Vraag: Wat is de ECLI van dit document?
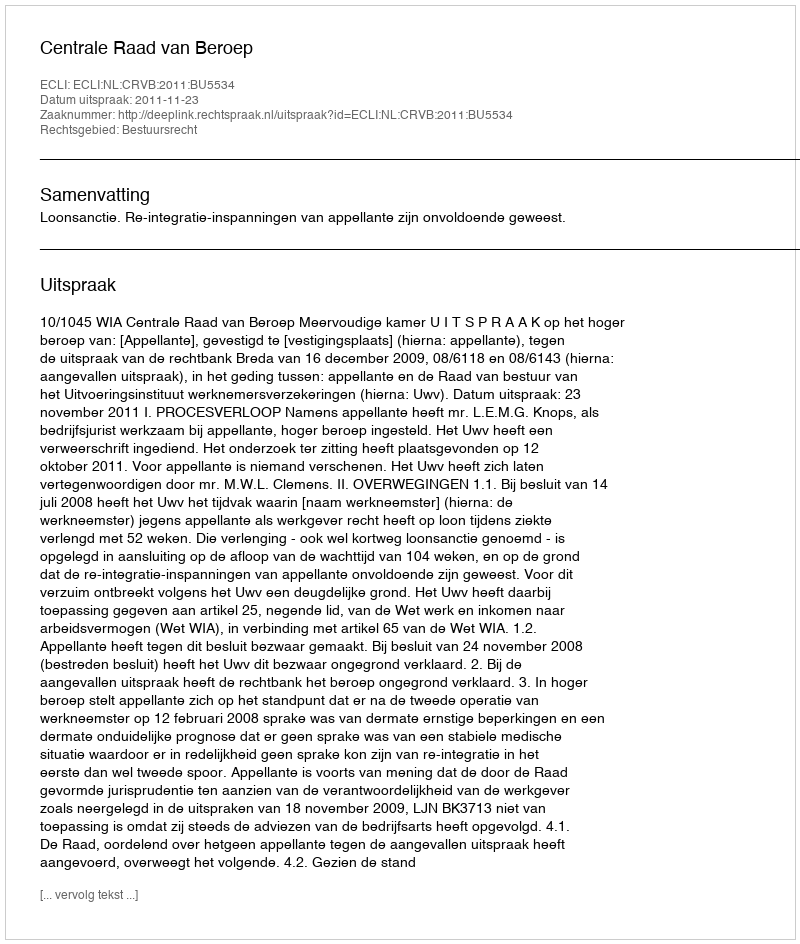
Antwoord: ECLI:NL:CRVB:2011:BU5534